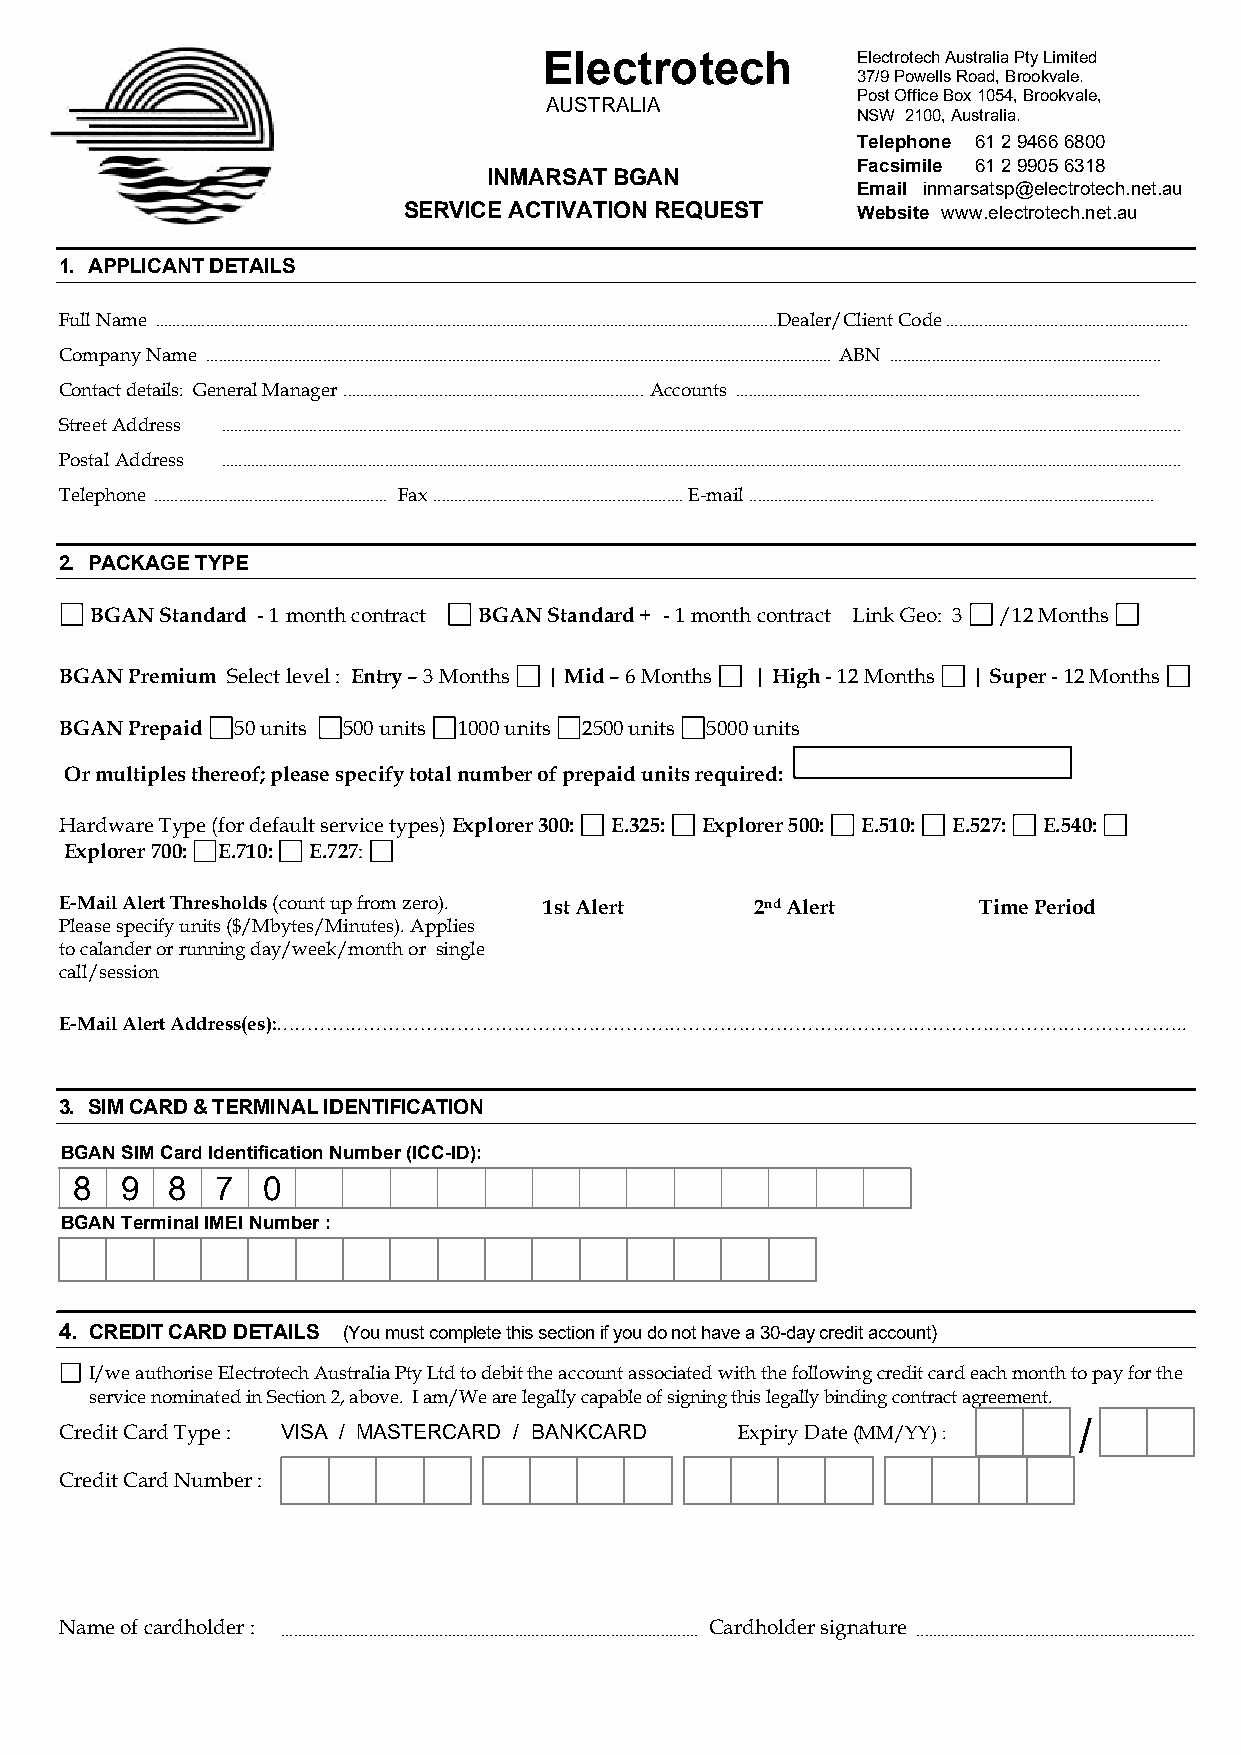
Electrotech          Electrotech Australia Pty Limited
 37/9 Powells Road, Brookvale.
 Post Office Box 1054, Brookvale,
 AUSTRALIA
 NSW 2100, Australia.
 Telephone 61 2 9466 6800
 Facsimile 61 2 9905 6318
 INMARSAT BGAN
 Email inmarsatsp@electrotech.net.au
 SERVICE ACTIVATION REQUEST    Website www.electrotech.net.au
 1. APPLICANT DETAILS
 Full Name .....................................................................................................................................................Dealer/Client Code ..........................................................
 Company Name ...................................................................................................................................................... ABN .................................................................
 Contact details: General Manager ........................................................................ Accounts .................................................................................................
 Street Address ......................................................................................................................................................................................................................................
 Postal Address ......................................................................................................................................................................................................................................
 Telephone ........................................................ Fax ............................................................ E-mail .................................................................................................
 2. PACKAGE TYPE
 BGAN Standard - 1 month contract BGAN Standard + - 1 month contract Link Geo: 3 /12 Months
 BGAN Premium Select level : Entry – 3 Months | Mid – 6 Months | High - 12 Months | Super - 12 Months
 BGAN Prepaid 50 units 500 units 1000 units 2500 units 5000 units
 Or multiples thereof; please specify total number of prepaid units required:
 Hardware Type (for default service types) Explorer 300: E.325: Explorer 500: E.510: E.527: E.540:
 Explorer 700: E.710: E.727:
 E-Mail Alert Thresholds (count up from zero). 1st Alert 2nd Alert Time Period
 Please specify units ($/Mbytes/Minutes). Applies
 to calander or running day/week/month or single
 call/session
 E-Mail Alert Address(es):………………………………………………………………………………………………………………………………..
 3. SIM CARD & TERMINAL IDENTIFICATION
 BGAN SIM Card Identification Number (ICC-ID):
 8  9  8  7  0
 BGAN Terminal IMEI Number :
 4. CREDIT CARD DETAILS (You must complete this section if you do not have a 30-day credit account)
 I/we authorise Electrotech Australia Pty Ltd to debit the account associated with the following credit card each month to pay for the
 service nominated in Section 2, above. I am/We are legally capable of signing this legally binding contract agreement.
 /
 Credit Card Type : VISA / MASTERCARD / BANKCARD Expiry Date (MM/YY) :
 Credit Card Number :
 Name of cardholder : .................................................................................................... Cardholder signature ...................................................................